65_HS1-834228961_62-HQ-83894_Section_3
Agency: FBI
Page 184
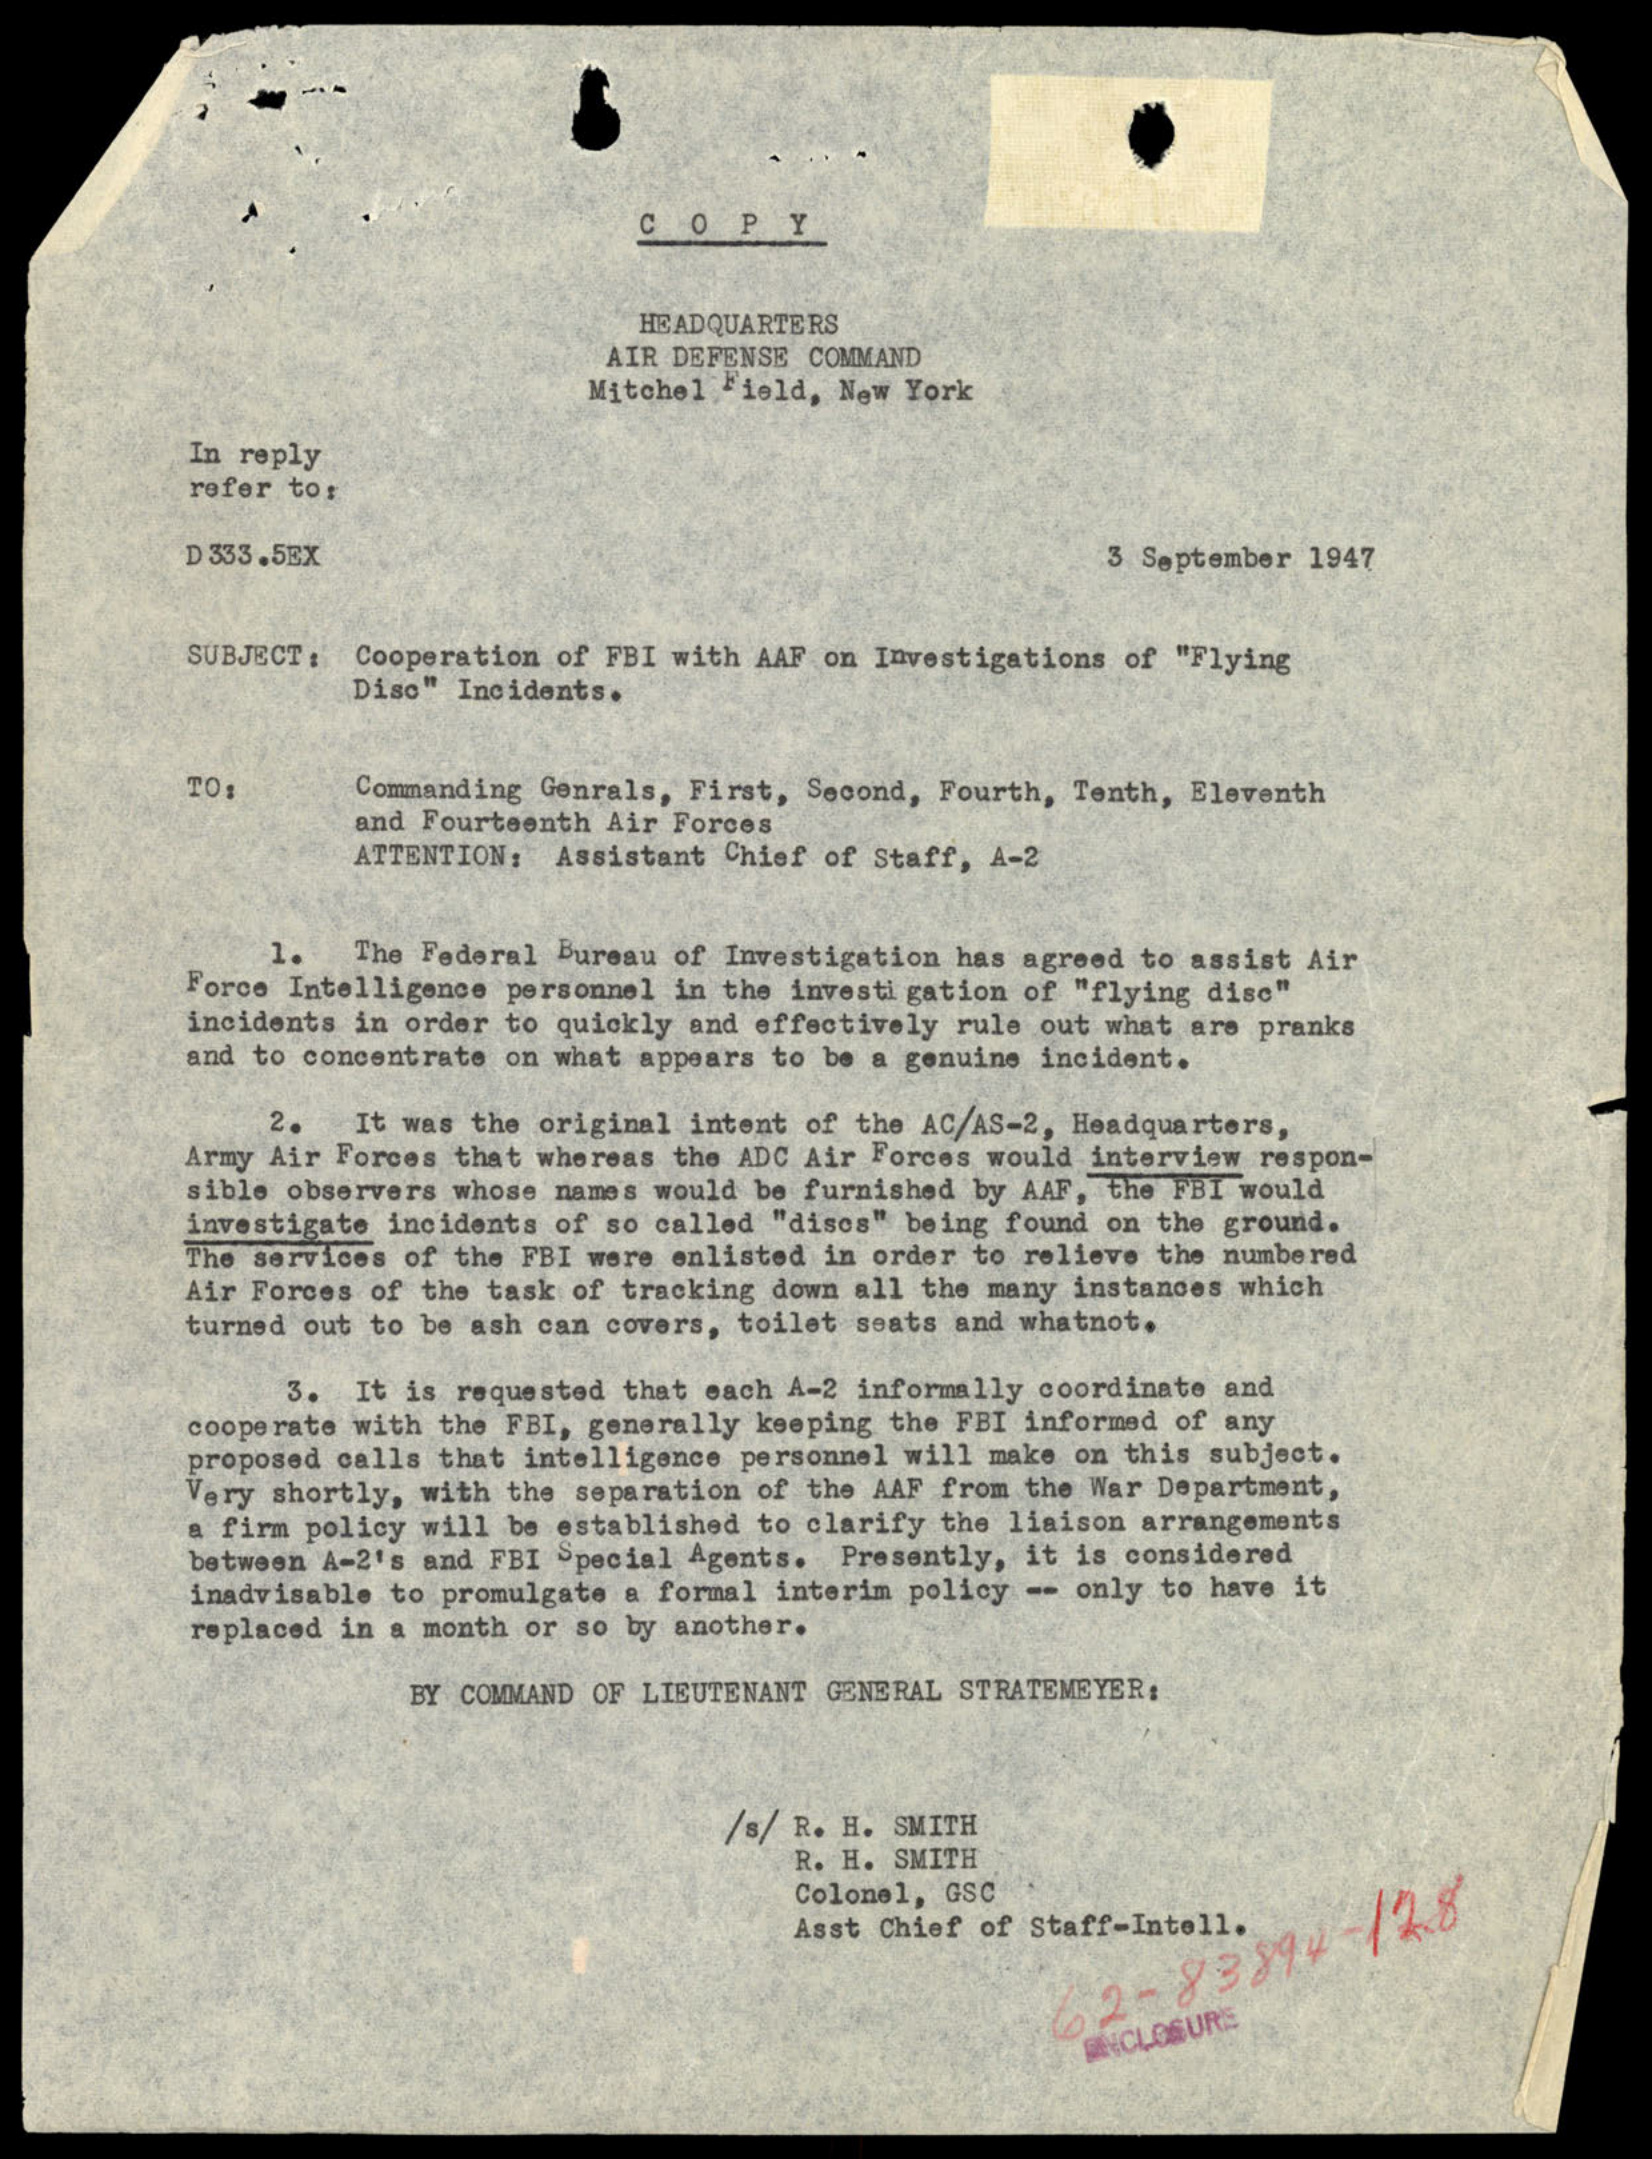